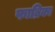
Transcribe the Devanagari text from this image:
फाब्रिका